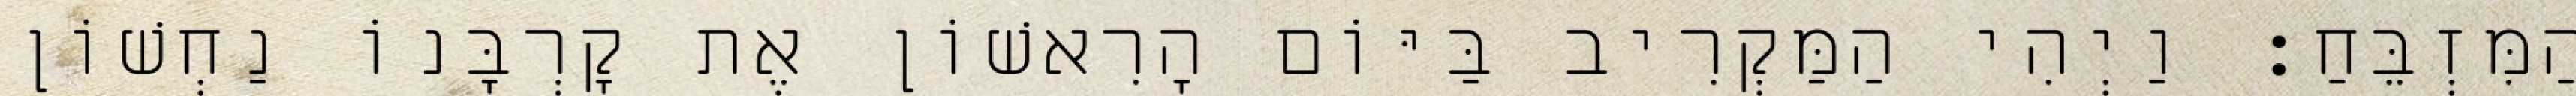
הַמִּזְבֵּחַ׃ וַיְהִי הַמַּקְרִיב בַּיּוֹם הָרִאשׁוֹן אֶת קָרְבָּנוֹ נַחְשׁוֹן